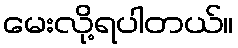
မေးလို့ရပါတယ်။